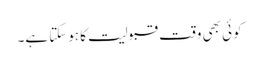
کوئی بھی وقت قبولیت کا ہوسکتا ہے۔